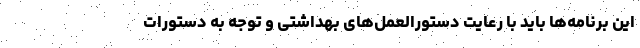
این برنامه‌ها باید با رعایت دستورالعمل‌های بهداشتی و توجه به دستورات